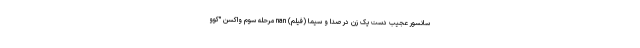
سانسور عجیب دست یک زن در صدا و سیما (فیلم) nan مرحله سوم واکسن "کوو